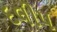
દલીપ